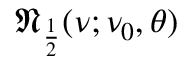
{ \mathfrak { N } } _ { \frac { 1 } { 2 } } ( \nu ; \nu _ { 0 } , \theta )